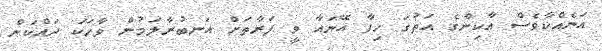
އަނެއްކާވެސް އާކިންގެ އަތުގަ ހިފާ އޭނައާ ވީ ފަރާތަށް އަނބުރާލަމުން ވާހަކަ ދައްކަން